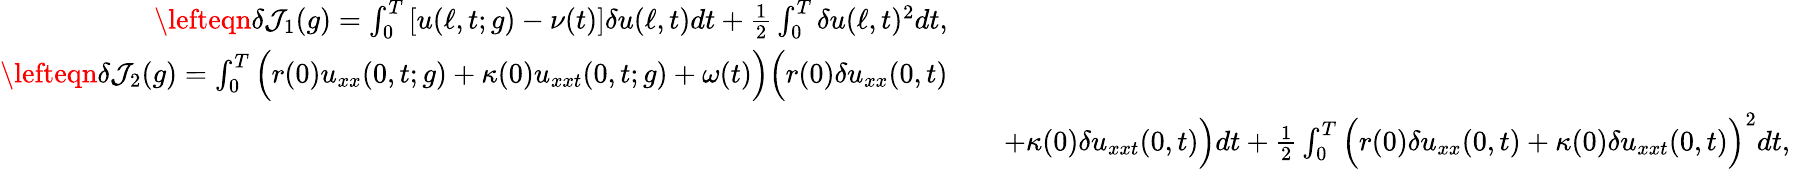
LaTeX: \begin{array}{rlr}{\lefteqn{\delta\mathcal{J}_{1}(g)=\int_{0}^{T}\left[u(\ell,t;g)-\nu(t)\right]\delta u(\ell,t)dt+\frac{1}{2}\int_{0}^{T}\delta u(\ell,t)^{2}dt,}}\\ {\lefteqn{\delta\mathcal{J}_{2}(g)=\int_{0}^{T}\Big(r(0)u_{xx}(0,t;g)+\kappa(0)u_{xxt}(0,t;g)+\omega(t)\Big)\Big(r(0)\delta u_{xx}(0,t)}}\\ &{}&{+\kappa(0)\delta u_{xxt}(0,t)\Big)dt+\frac{1}{2}\int_{0}^{T}\Big(r(0)\delta u_{xx}(0,t)+\kappa(0)\delta u_{xxt}(0,t)\Big)^{2}dt,~~}\end{array}